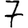
Digit: 7